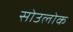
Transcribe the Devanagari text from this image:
सोउलोक